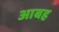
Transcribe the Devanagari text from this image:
आबह